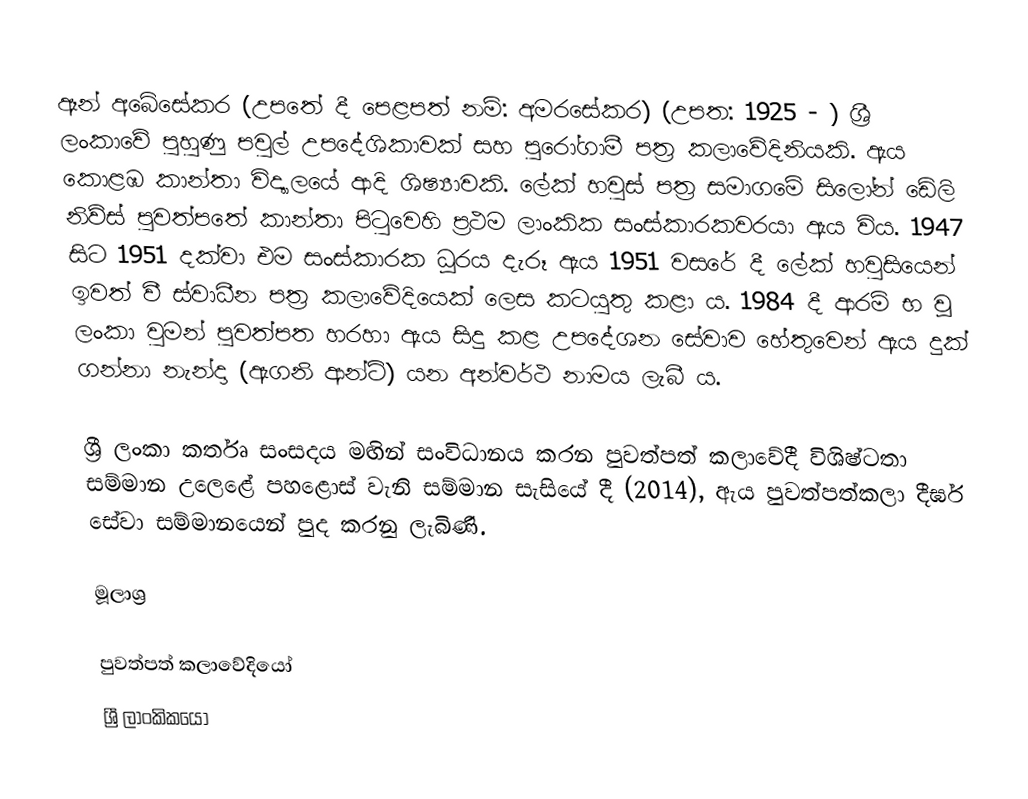
ඈන් අබේසේකර (උපතේ දී පෙළපත් නම්: අමරසේකර​) (උපත: 1925 - ) ශ්‍රී ලංකාවේ පුහුණු පවුල් උපදේශිකාවක් සහ​ පුරෝගාමී පත්‍ර කලාවේදිනියකි. ඇය කොළඹ කාන්‍තා විද්‍යාලයේ ආදි ශිෂ්‍යාවකි. ලේක් හවුස් පත්‍ර සමාගමේ සිලෝන් ඩේලි නිව්ස් පුවත්පතේ කාන්තා පිටුවෙහි ප්‍රථම ලාංකික සංස්කාරකවරයා ඇය විය​. 1947 සිට 1951 දක්වා එම සංස්කාරක ධූරය දැරූ ඇය 1951 වසරේ දී ලේක් හවුසියෙන් ඉවත් වී ස්වාධීන පත්‍ර කලාවේදියෙක් ලෙස කටයුතු කළා ය​. 1984 දී ආරම් භ වූ ලංකා වුමන් පුවත්පත හරහා ඇය සිදු කළ උපදේශන සේවාව හේතුවෙන් ඇය දුක් ගන්නා නැන්දා (ඇගනි ආන්ටි) යන අන්වර්ථ නාමය ලැබී ය​.

ශ්‍රී ලංකා කර්තෘ සංසදය මඟින් සංවිධානය කරන පුවත්පත් කලාවේදී විශිෂ්ටතා සම්මාන උලෙළේ පහළොස් වැනි සම්මාන සැසියේ දී (2014), ඇය පුවත්පත්කලා දීර්ඝ සේවා සම්මානයෙන් පුද කරනු ලැබිණි.

මූලාශ්‍ර​

පුවත්පත් කලාවේදියෝ
ශ්‍රී ලාංකිකයෝ